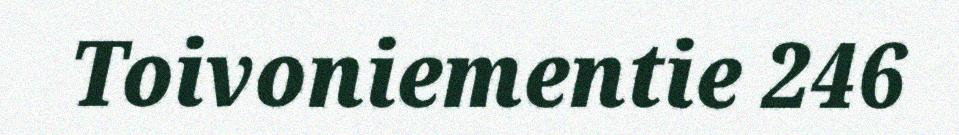
Toivoniementie 246